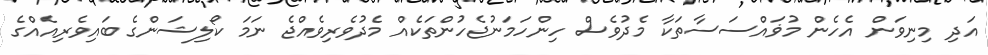
އަދި މިނިވަން އެހެން މުޥައްސަސާތަކާ މެދުވެސް ހިންހަމަނުޖެހުންތަކެއް މެދުވެރިވެއްޖެ ނަމަ ކޯލިޝަންގެ ބައިވެރިއެއްގެ